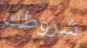
شروطك